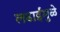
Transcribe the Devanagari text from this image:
लढाईंमुळे